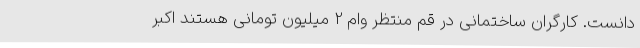
دانست. کارگران ساختمانی در قم منتظر وام 2 میلیون تومانی هستند اکبر